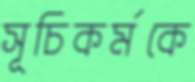
সূচিকর্মকে